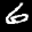
Label: 6